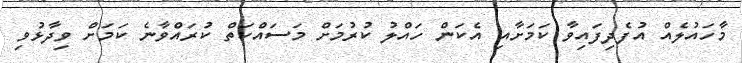
މާހައުލެއް އުފެދިފައިވާ ކަމަށާއި އެކަން ހައްލު ކުރުމަށް މަސައްކަތް ކުރައްވާނެ ކަމަށް ވިދާޅުވި